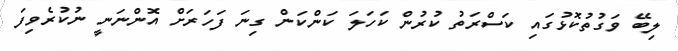
ލިބޭ ވަގުތުކޮޅުގައި ކަސްރަތު ކުރުން ކަހަލަ ކަންކަން ގިނަ ފަހަރަށް އޮންނަނީ ނުކުރެވިފަ